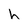
Character: h